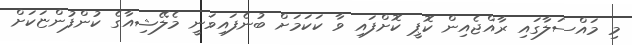
މި މައްސަލާގައި ރާއްޖެއިން ކޮޕީ ކޮށްފައި ވާ ކަކަމަށް ބުނެފައިވަނީ މެލޭޝިއާގެ ކުންފުންޏަކަށް